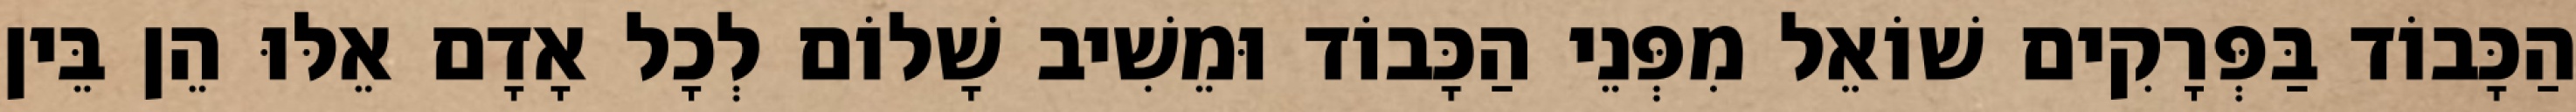
הַכָּבוֹד בַּפְּרָקִים שׁוֹאֵל מִפְּנֵי הַכָּבוֹד וּמֵשִׁיב שָׁלוֹם לְכָל אָדָם אֵלּוּ הֵן בֵּין